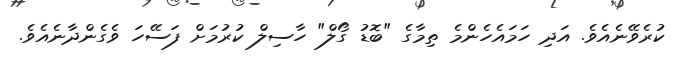
ކުރެވޭނެއެވެ. އަދި ހަމައެހެންމެ ތިމާގެ "ބޮޑު ގޯލް" ހާސިލް ކުރުމަށް ފަސޭހަ ވެގެންދާނެއެވެ.